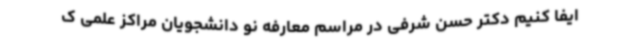
ایفا کنیم دکتر حسن شرفی در مراسم معارفه نو دانشجویان مراکز علمی ک